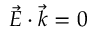
\vec { E } \cdot \vec { k } = 0